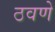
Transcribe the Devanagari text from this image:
ठवणे